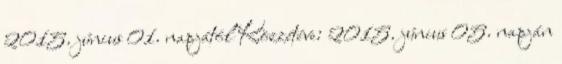
2015. június 01. napjától Közzétéve: 2015. június 05. napján